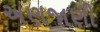
અણજાણી